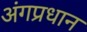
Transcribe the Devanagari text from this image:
अंगप्रधान